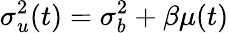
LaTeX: \sigma_{u}^{2}(t)=\sigma_{b}^{2}+\beta\mu(t)